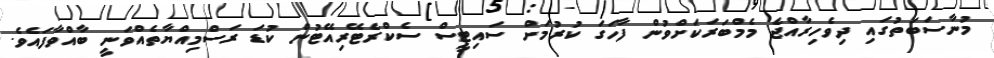
މުނާސަބަތުގައި ދިވެހިރާއްޖެ މެމްބަރަކަށްވުން ފާހަގަ ކުރުމަށް ސައިޓީސް ސެކްރެޓޭރިއޭޓުން ކުޑަ ރަސްމިއްޔާތެއްވަނީ ބާއްވާފައެވެ.